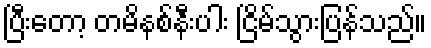
ပြီးတော့ တမိနစ်နီးပါး ငြိမ်သွားပြန်သည်။